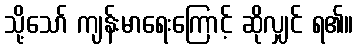
သို့သော် ကျန်းမာရေးကြောင့် ဆိုလျှင် ရ၏။